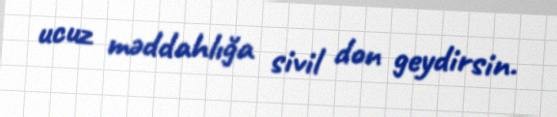
ucuz məddahlığa sivil don geydirsin.